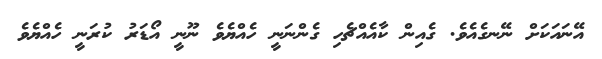
އޭނައަކަށް ނޭނގެއެވެ. ގެއިން ކާއެއްޗެހި ގެންނަނީ ހެއްޔެވެ ނޫނީ އޯޑަރު ކުރަނީ ހެއްޔެވެ